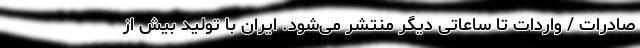
صادرات / واردات تا ساعاتی دیگر منتشر می‌شود. ایران با تولید بیش از